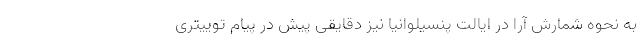
به نحوه شمارش آرا در ایالت پنسیلوانیا نیز دقایقی پیش در پیام توییتری